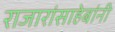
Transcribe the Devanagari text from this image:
राजारांसाहेबांनी